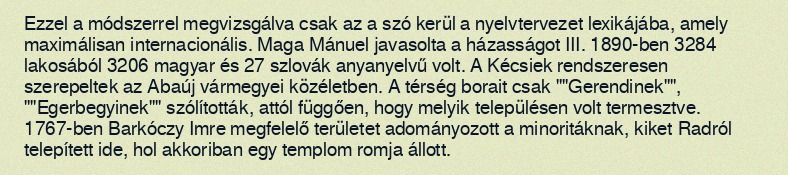
Ezzel a módszerrel megvizsgálva csak az a szó kerül a nyelvtervezet lexikájába, amely maximálisan internacionális. Maga Mánuel javasolta a házasságot III. 1890-ben 3284 lakosából 3206 magyar és 27 szlovák anyanyelvű volt. A Kécsiek rendszeresen szerepeltek az Abaúj vármegyei közéletben. A térség borait csak ""Gerendinek"", ""Egerbegyinek"" szólították, attól függően, hogy melyik településen volt termesztve. 1767-ben Barkóczy Imre megfelelő területet adományozott a minoritáknak, kiket Radról telepített ide, hol akkoriban egy templom romja állott.